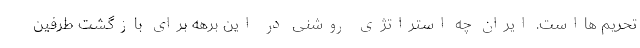
تحریم هااست. ایران چه استراتژی روشنی در این برهه برای بازگشتِ طرفین